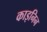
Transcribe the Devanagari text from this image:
काइनिन